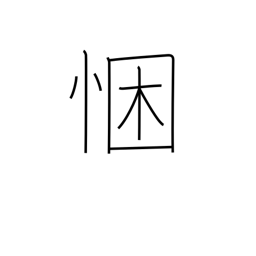
Meaning: sincerity